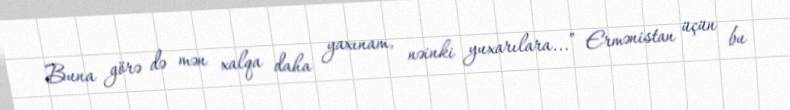
Buna görə də mən xalqa daha yaxınam, nəinki yuxarılara...” Ermənistan üçün bu